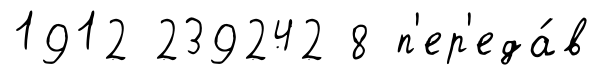
1912 239242 8 п'ер'еда́в